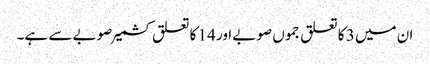
ان میں 3 کا تعلق جموں صوبے اور 14 کا تعلق کشمیر صوبے سے ہے۔